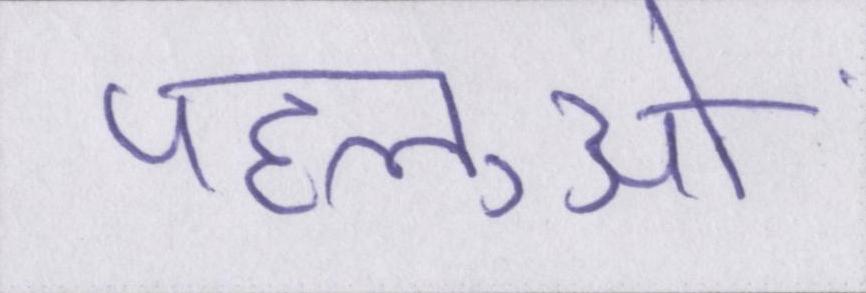
पहलुओं